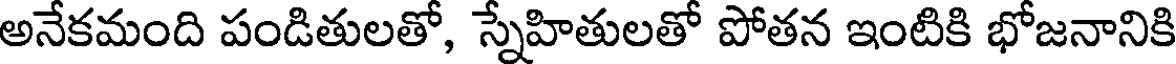
అనేకమంది పండితులతో, స్నేహితులతో పోతన ఇంటికి భోజనానికి